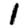
Digit: 1